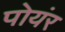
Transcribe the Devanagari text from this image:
पोयंर